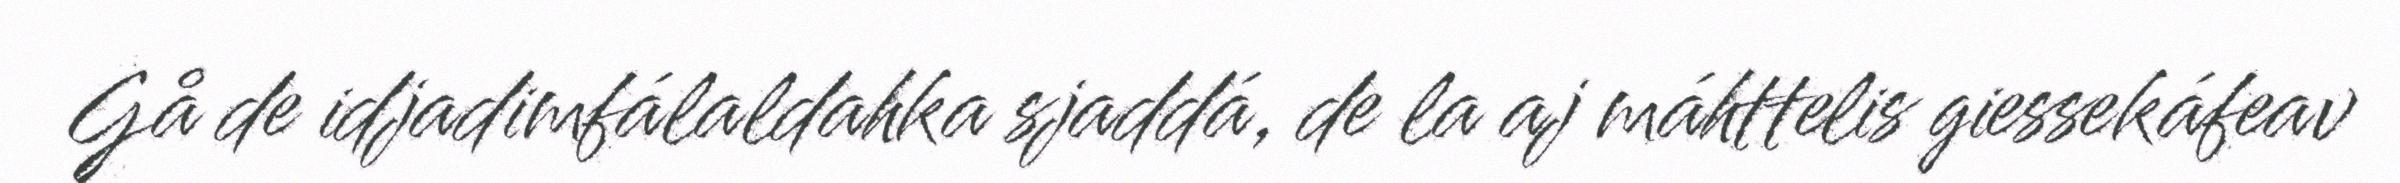
Gå de idjadimfálaldahka sjaddá, de la aj máhttelis giessekáfeav